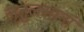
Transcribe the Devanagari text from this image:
लृतुलसानां